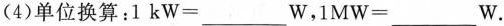
(4)单位换算：1 k W =___W，1 M W =___w.